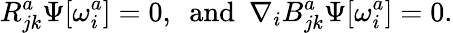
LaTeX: R_{jk}^{a}\Psi[\omega_{i}^{a}]=0,\enspace\mathrm{and}\enspace\nabla_{i}B_{jk}^{a}\Psi[\omega_{i}^{a}]=0.